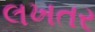
લખતર